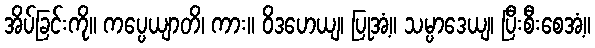
အိပ်ခြင်းကို။ ကပ္ပေယျာတိ၊ ကား။ ဝိဒဟေယျ၊ ပြုအံ့။ သမ္ပာဒေယျ၊ ပြီးစီးစေအံ့။